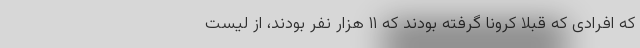
که افرادی که قبلا کرونا گرفته بودند که ۱۱ هزار نفر بودند، از لیست